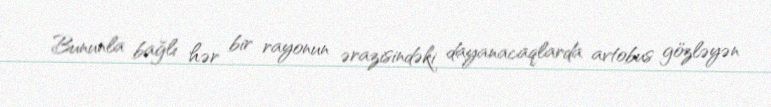
Bununla bağlı hər bir rayonun ərazisindəki dayanacaqlarda avtobus gözləyən